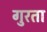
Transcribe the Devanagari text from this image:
गुरता